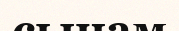
сынам